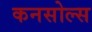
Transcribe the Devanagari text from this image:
कनसोल्स